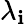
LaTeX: \lambda_{\mathbf{i}}